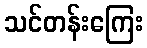
သင်တန်းကြေး